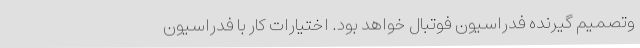
وتصمیم گیرنده فدراسیون فوتبال خواهد بود. اختیارات کار با فدراسیون